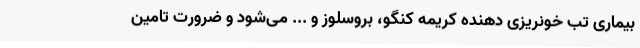
بیماری تب خونریزی دهنده کریمه کنگو، بروسلوز و ... می‌شود و ضرورت تامین